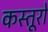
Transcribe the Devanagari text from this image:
कस्तूरों